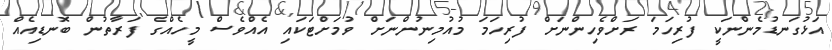
އަޅުގަނޑުމެންނަކީ ފުރިހަމަ ރަށްވެހިންނަށް ފުރިހަމަ މުއުމިނުންނަށް ވުމަށްޓަކައި އެއްވެސް މީހެއްގެ ފަރާތުން ބޮނޑިއެއް